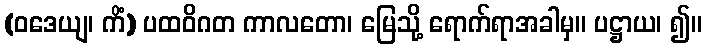
(ဝဒေယျ၊ ကိံ) ပထဝိဂတ ကာလတော၊ မြေသို့ ရောက်ရာအခါမှ။ ပဋ္ဌာယ၊ ၍။